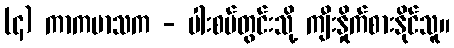
(၄) ကာကမာသက - ပါးစပ်တွင်းသို့ ကျီးနှိုက်စားနိုင်သူ။